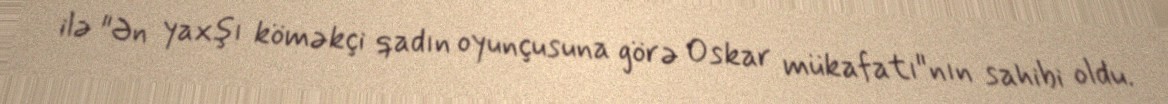
ilə "Ən yaxşı köməkçi qadın oyunçusuna görə Oskar mükafatı"nın sahibi oldu.